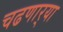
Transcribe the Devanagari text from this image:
चढणार्‍या